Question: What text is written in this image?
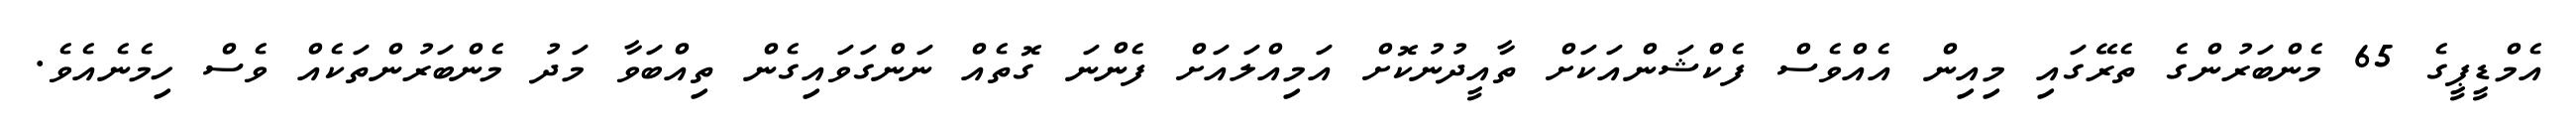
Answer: އެމްޑީޕީގެ 65 މެންބަރުންގެ ތެރޭގައި މިއިން އެއްވެސް ފެކްޝަންއަކަށް ތާއީދުނުކޮށް އަމިއްލައަށް ފެންނަ ގޮތެއް ނަންގަވައިގެން ތިއްބަވާ މަދު މެންބަރުންތަކެއް ވެސް ހިމެނެއެވެ.